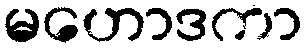
မဟောဒကာ